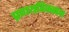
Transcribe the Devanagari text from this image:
प्रणयविकसन